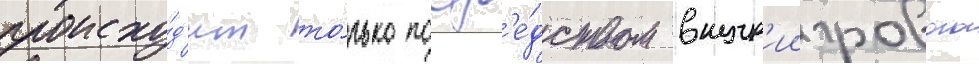
происхо́д'ит то́лько поср'е́дством внутр'иигрового